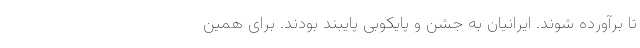
تا برآورده شوند. ایرانیان به جشن و پایکوبی پایبند بودند. برای همین